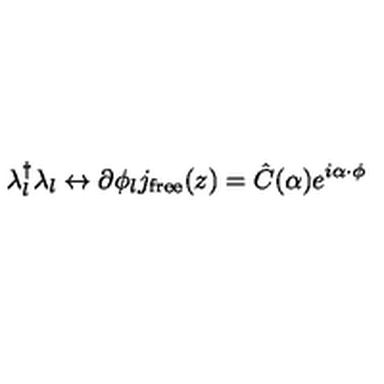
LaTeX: \lambda _ { l } ^ { \dagger } \lambda _ { l } \leftrightarrow \partial \phi _ { l } { } j _ { \mathrm { f r e e } } ( z ) = { \hat { C } } ( \alpha ) e ^ { i \alpha \cdot \phi }